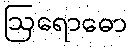
ဩရောဓော